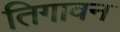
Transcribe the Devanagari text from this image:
तिगावन